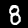
Digit: 8